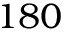
1 8 0